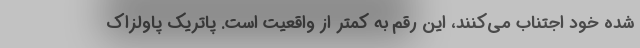
شده خود اجتناب می‌کنند، این رقم به کمتر از واقعیت است. پاتریک پاولزاک